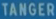
TANGER